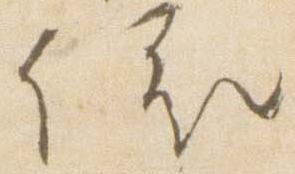
依